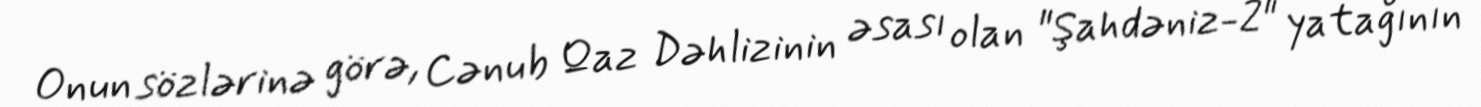
Onun sözlərinə görə, Cənub Qaz Dəhlizinin əsası olan "Şahdəniz-2" yatağının